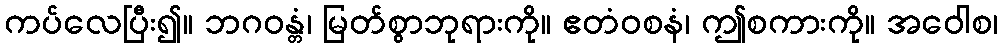
ကပ်လေပြီး၍။ ဘဂဝန္တံ၊ မြတ်စွာဘုရားကို။ ဧတံဝစနံ၊ ဤစကားကို။ အဝေါစ၊